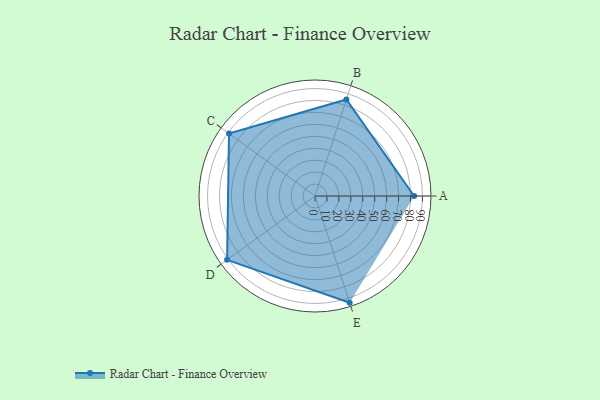
{"axis": {"x": "Skill", "y": "Score"}, "legend": ["Profile"], "data": [{"x": "A", "y": 83.0, "type": "Profile"}, {"x": "B", "y": 85.0, "type": "Profile"}, {"x": "C", "y": 89.0, "type": "Profile"}, {"x": "D", "y": 91.0, "type": "Profile"}, {"x": "E", "y": 94.0, "type": "Profile"}]}